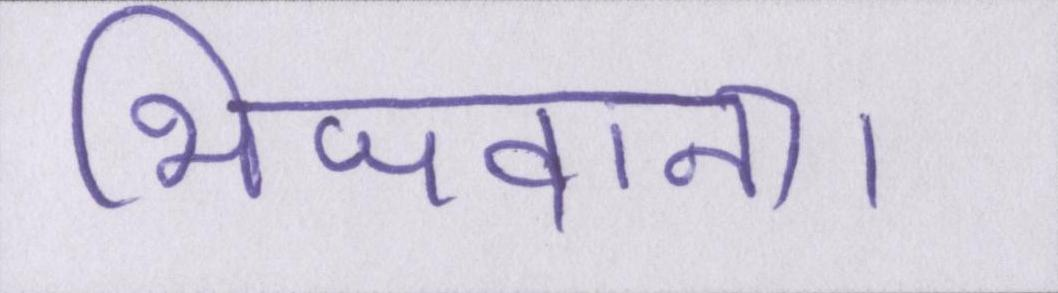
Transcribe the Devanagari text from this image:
भिजवाना।